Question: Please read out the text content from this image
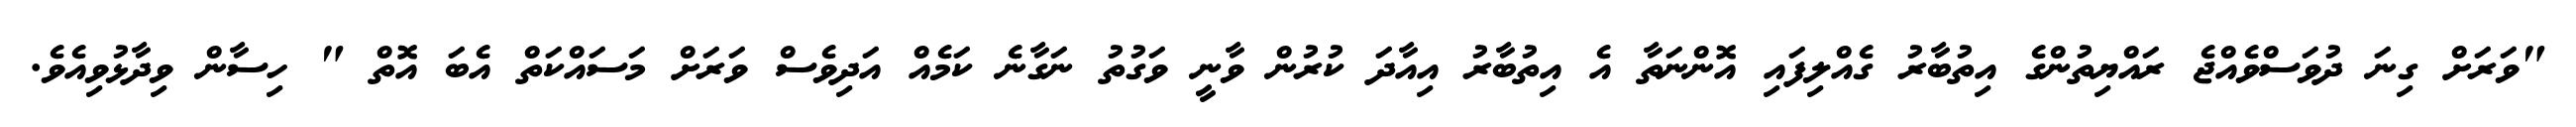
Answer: "ވަރަށް ގިނަ ދުވަސްވެއްޖެ ރައްޔިތުންގެ އިތުބާރު ގެއްލިފައި އޮންނަތާ އެ އިތުބާރު އިއާދަ ކުރުން ވާނީ ވަގުތު ނަގާނެ ކަމެއް އަދިވެސް ވަރަށް މަސައްކަތް އެބަ އޮތް " ހިސާން ވިދާޅުވިއެވެ.